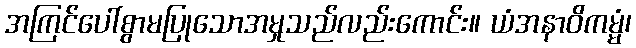
အကြင်ပေါ်စွာမပြုသောအမှုသည်လည်းကောင်း။ ယံအနာဝိကမ္မံ၊